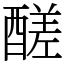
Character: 醝